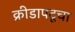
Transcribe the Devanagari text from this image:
क्रीडापटूचा